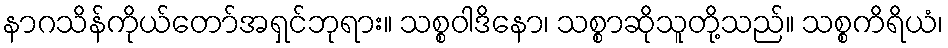
နာဂသိန်ကိုယ်တော်အရှင်ဘုရား။ သစ္စဝါဒိနော၊ သစ္စာဆိုသူတို့သည်။ သစ္စကိရိယံ၊